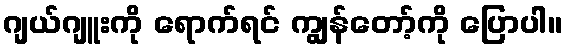
ဂျယ်ဂျူးကို ရောက်ရင် ကျွန်တော့်ကို ပြောပါ။